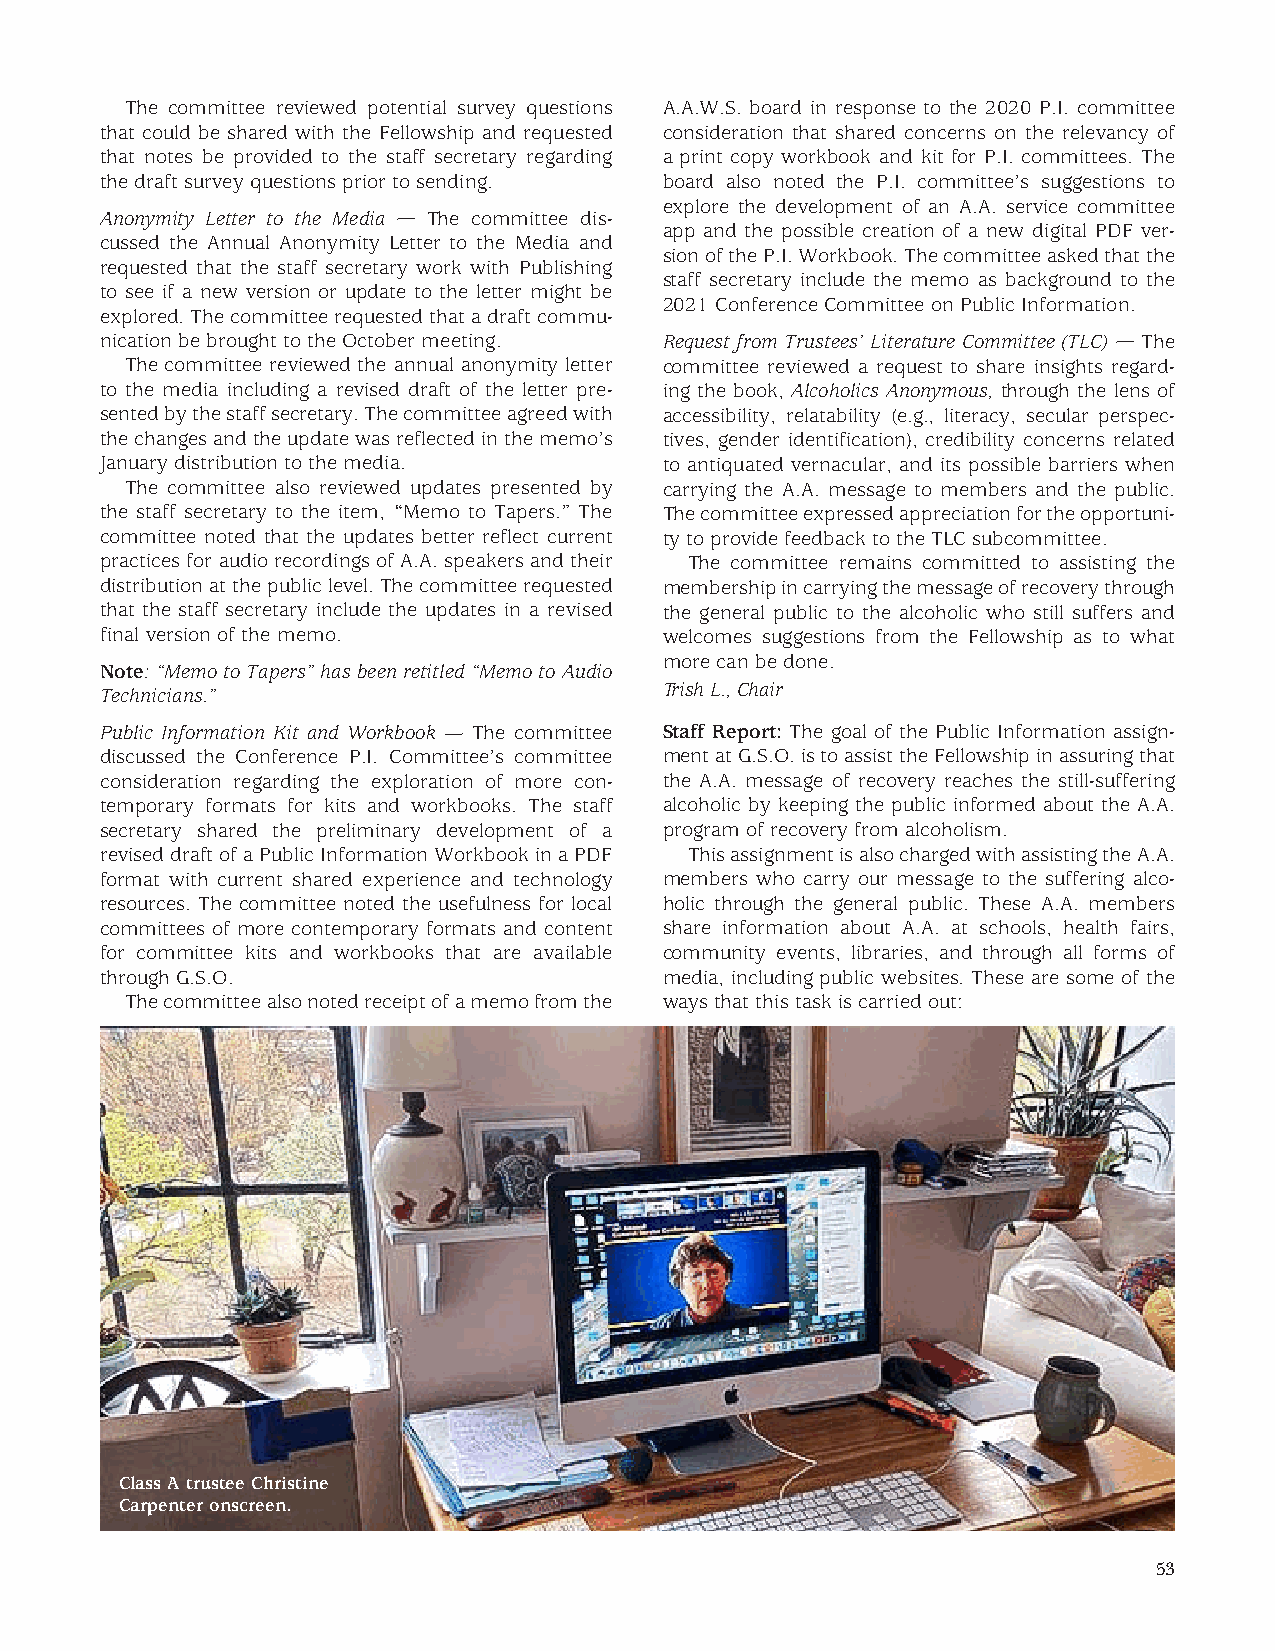
The committee reviewed potential survey questions A.A.W.S. board in response to the 2020 P.I. committee
 that could be shared with the Fellowship and requested consideration that shared concerns on the relevancy of
 that notes be provided to the staff secretary regarding a print copy workbook and kit for P.I. committees. The
 the draft survey questions prior to sending. board also noted the P.I. committee’s suggestions to
 explore the development of an A.A. service committee
 Anonymity Letter to the Media — The committee dis-
 app and the possible creation of a new digital PDF ver-
 cussed the Annual Anonymity Letter to the Media and
 sion of the P.I. Workbook. The committee asked that the
 requested that the staff secretary work with Publishing
 staff secretary include the memo as background to the
 to see if a new version or update to the letter might be
 2021 Conference Committee on Public Information.
 explored. The committee requested that a draft commu-
 nication be brought to the October meeting. Request from Trustees’ Literature Committee (TLC) — The
 The committee reviewed the annual anonymity letter committee reviewed a request to share insights regard-
 to the media including a revised draft of the letter pre- ing the book, Alcoholics Anonymous, through the lens of
 sented by the staff secretary. The committee agreed with accessibility, relatability (e.g., literacy, secular perspec-
 the changes and the update was reflected in the memo’s tives, gender identification), credibility concerns related
 January distribution to the media.   to antiquated vernacular, and its possible barriers when
 The committee also reviewed updates presented by carrying the A.A. message to members and the public.
 the staff secretary to the item, “Memo to Tapers.” The The committee expressed appreciation for the opportuni-
 committee noted that the updates better reflect current ty to provide feedback to the TLC subcommittee.
 practices for audio recordings of A.A. speakers and their The committee remains committed to assisting the
 distribution at the public level. The committee requested membership in carrying the message of recovery through
 that the staff secretary include the updates in a revised the general public to the alcoholic who still suffers and
 final version of the memo.           welcomes suggestions from the Fellowship as to what
 more can be done.
 Note: “Memo to Tapers” has been retitled “Memo to Audio
 Technicians.”                        Trish L., Chair
 Public Information Kit and Workbook — The committee Staff Report: The goal of the Public Information assign-
 discussed the Conference P.I. Committee’s committee ment at G.S.O. is to assist the Fellowship in assuring that
 consideration regarding the exploration of more con- the A.A. message of recovery reaches the still-suffering
 temporary formats for kits and workbooks. The staff alcoholic by keeping the public informed about the A.A.
 secretary shared the preliminary development of a program of recovery from alcoholism.
 revised draft of a Public Information Workbook in a PDF This assignment is also charged with assisting the A.A.
 format with current shared experience and technology members who carry our message to the suffering alco-
 resources. The committee noted the usefulness for local holic through the general public. These A.A. members
 committees of more contemporary formats and content share information about A.A. at schools, health fairs,
 for committee kits and workbooks that are available community events, libraries, and through all forms of
 through G.S.O.                       media, including public websites. These are some of the
 The committee also noted receipt of a memo from the ways that this task is carried out:
 Class A trustee Christine
 Carpenter onscreen.
 53